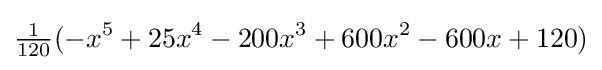
{\tfrac {1}{120}}(-x^{5}+25x^{4}-200x^{3}+600x^{2}-600x+120)